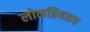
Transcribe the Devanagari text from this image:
लोकप्रियताच